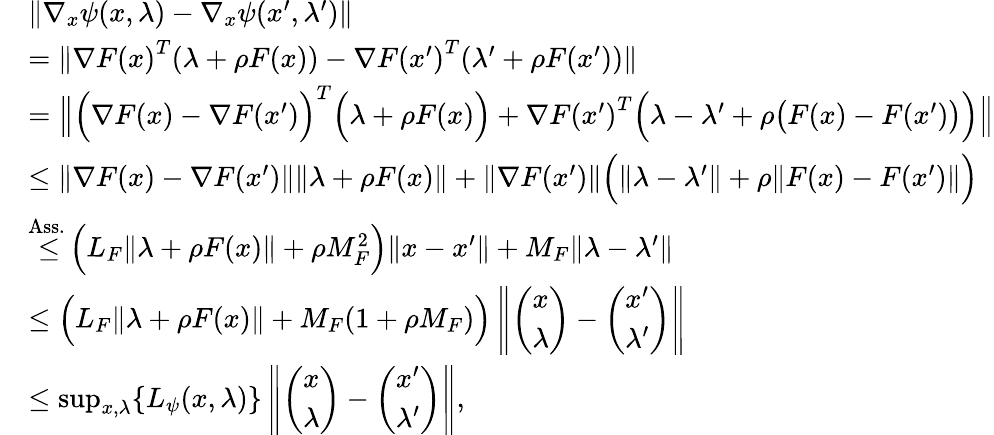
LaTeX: \begin{array}{rl}&{\| \nabla_{x}\psi(x,\lambda)-\nabla_{x}\psi(x^{\prime},\lambda^{\prime})\| }\\ &{=\| {\nabla F(x)}^{T}(\lambda+\rho F(x))-{\nabla F(x^{\prime})}^{T}(\lambda^{\prime}+\rho F(x^{\prime}))\| }\\ &{=\left\| \Big({\nabla F(x)}-{\nabla F(x^{\prime})}\Big)^{T}\Big(\lambda+\rho F(x)\Big)+{\nabla F(x^{\prime})}^{T}\Big(\lambda-\lambda^{\prime}+\rho\big(F(x)-F(x^{\prime})\big)\Big)\right\| }\\ &{\leq\| {\nabla F(x)}-{\nabla F(x^{\prime})}\| \| \lambda+\rho F(x)\| +\| {\nabla F(x^{\prime})}\| \Big(\| \lambda-\lambda^{\prime}\| +\rho\| F(x)-F(x^{\prime})\| \Big)}\\ &{{\overset{\mathrm{Ass.~}}{\leq}}\Big(L_{F}\| \lambda+\rho F(x)\| +\rho M_{F}^{2}\Big)\| x-x^{\prime}\| +M_{F}\| \lambda-\lambda^{\prime}\| }\\ &{\leq\Big(L_{F}\| \lambda+\rho F(x)\| +M_{F}(1+\rho M_{F})\Big)\left\| \left(\begin{array}{l}{x}\\ {\lambda}\end{array}\right)-\left(\begin{array}{l}{x^{\prime}}\\ {\lambda^{\prime}}\end{array}\right)\right\| }\\ &{\leq\operatorname*{sup}_{x,\lambda}\{ L_{\psi}(x,\lambda)\} \left\| \left(\begin{array}{l}{x}\\ {\lambda}\end{array}\right)-\left(\begin{array}{l}{x^{\prime}}\\ {\lambda^{\prime}}\end{array}\right)\right\| ,}\end{array}